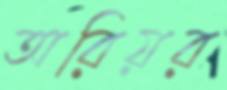
অরিয়র